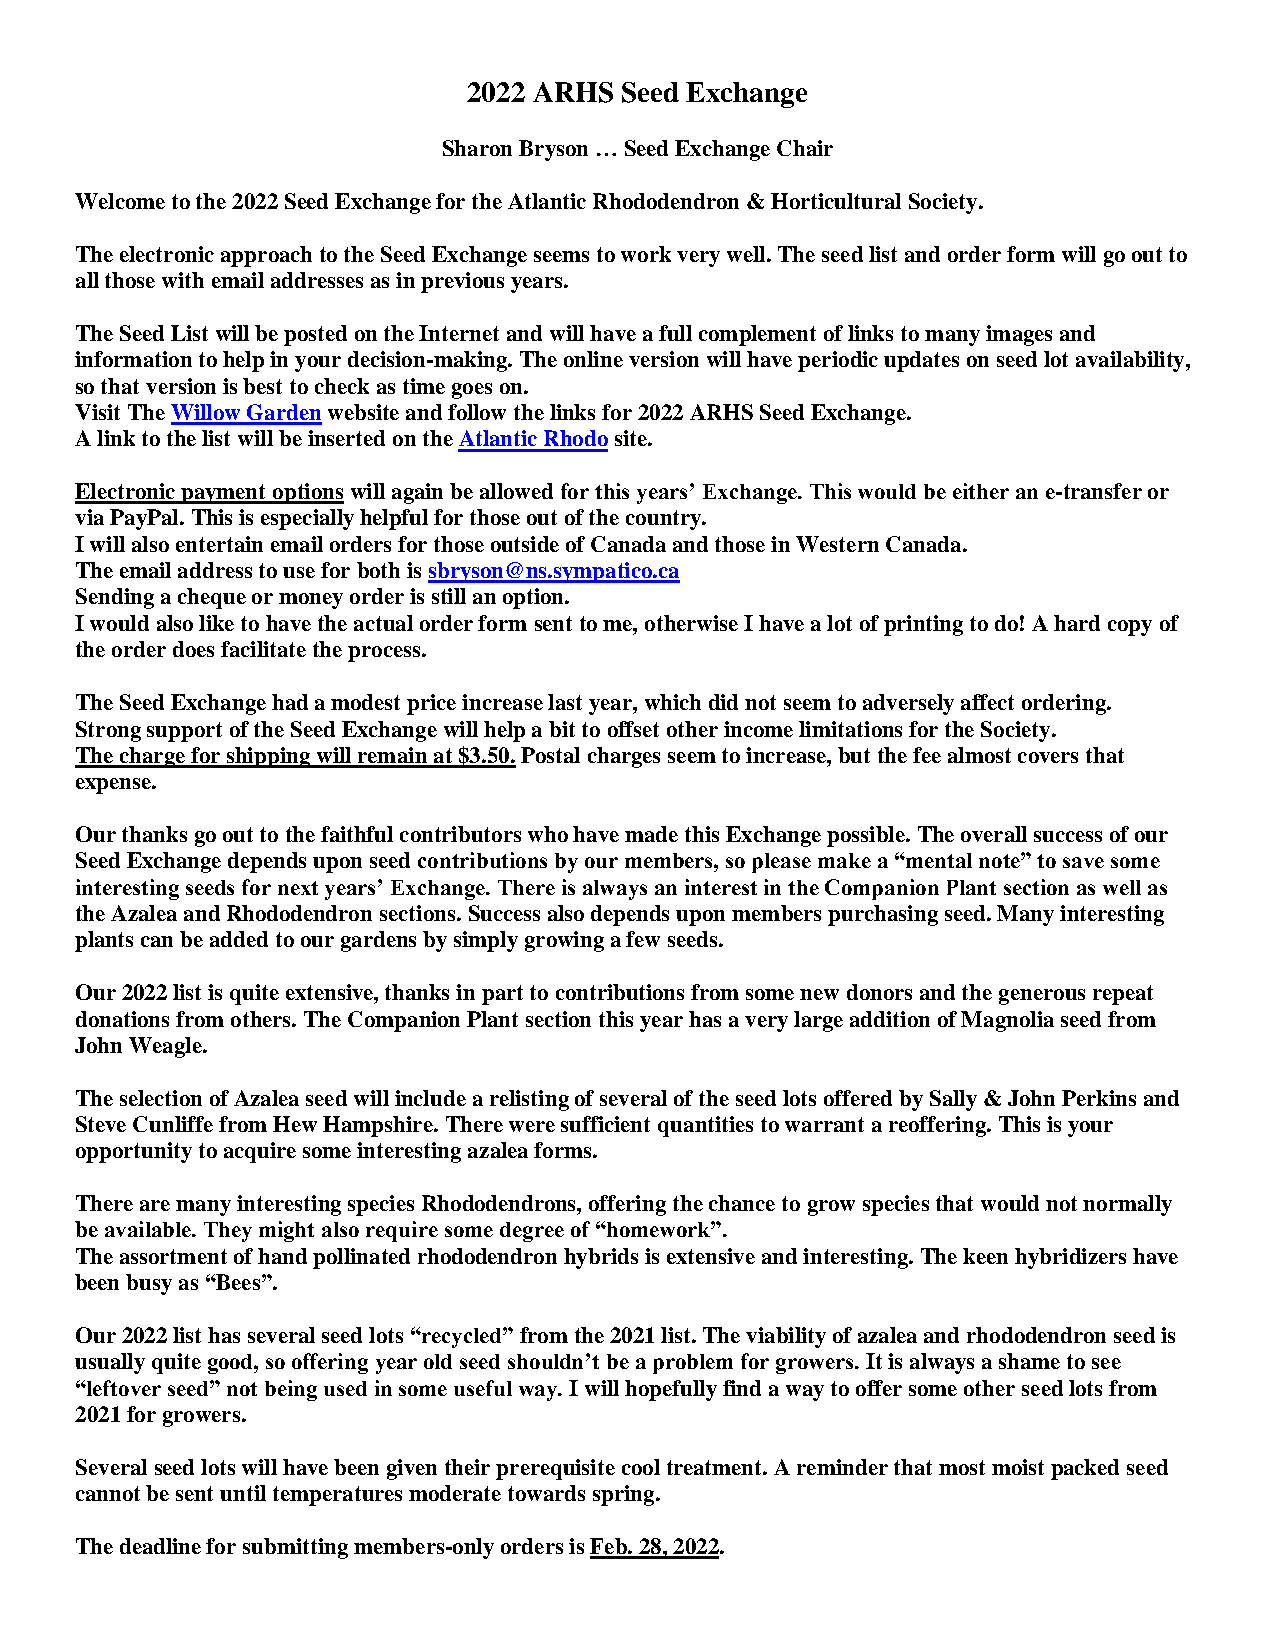
2022 ARHS Seed Exchange
 Sharon Bryson … Seed Exchange Chair
 Welcome to the 2022 Seed Exchange for the Atlantic Rhododendron & Horticultural Society.
 The electronic approach to the Seed Exchange seems to work very well. The seed list and order form will go out to
 all those with email addresses as in previous years.
 The Seed List will be posted on the Internet and will have a full complement of links to many images and
 information to help in your decision-making. The online version will have periodic updates on seed lot availability,
 so that version is best to check as time goes on.
 Visit The Willow Garden website and follow the links for 2022 ARHS Seed Exchange.
 A link to the list will be inserted on the Atlantic Rhodo site.
 Electronic payment options will again be allowed for this years’ Exchange. This would be either an e-transfer or
 via PayPal. This is especially helpful for those out of the country.
 I will also entertain email orders for those outside of Canada and those in Western Canada.
 The email address to use for both is sbryson@ns.sympatico.ca
 Sending a cheque or money order is still an option.
 I would also like to have the actual order form sent to me, otherwise I have a lot of printing to do! A hard copy of
 the order does facilitate the process.
 The Seed Exchange had a modest price increase last year, which did not seem to adversely affect ordering.
 Strong support of the Seed Exchange will help a bit to offset other income limitations for the Society.
 The charge for shipping will remain at $3.50. Postal charges seem to increase, but the fee almost covers that
 expense.
 Our thanks go out to the faithful contributors who have made this Exchange possible. The overall success of our
 Seed Exchange depends upon seed contributions by our members, so please make a “mental note” to save some
 interesting seeds for next years’ Exchange. There is always an interest in the Companion Plant section as well as
 the Azalea and Rhododendron sections. Success also depends upon members purchasing seed. Many interesting
 plants can be added to our gardens by simply growing a few seeds.
 Our 2022 list is quite extensive, thanks in part to contributions from some new donors and the generous repeat
 donations from others. The Companion Plant section this year has a very large addition of Magnolia seed from
 John Weagle.
 The selection of Azalea seed will include a relisting of several of the seed lots offered by Sally & John Perkins and
 Steve Cunliffe from Hew Hampshire. There were sufficient quantities to warrant a reoffering. This is your
 opportunity to acquire some interesting azalea forms.
 There are many interesting species Rhododendrons, offering the chance to grow species that would not normally
 be available. They might also require some degree of “homework”.
 The assortment of hand pollinated rhododendron hybrids is extensive and interesting. The keen hybridizers have
 been busy as “Bees”.
 Our 2022 list has several seed lots “recycled” from the 2021 list. The viability of azalea and rhododendron seed is
 usually quite good, so offering year old seed shouldn’t be a problem for growers. It is always a shame to see
 “leftover seed” not being used in some useful way. I will hopefully find a way to offer some other seed lots from
 2021 for growers.
 Several seed lots will have been given their prerequisite cool treatment. A reminder that most moist packed seed
 cannot be sent until temperatures moderate towards spring.
 The deadline for submitting members-only orders is Feb. 28, 2022.